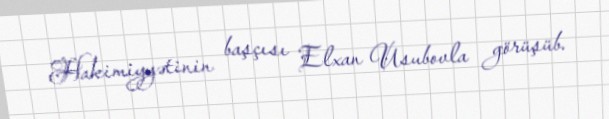
Hakimiyyətinin başçısı Elxan Usubovla görüşüb.